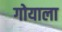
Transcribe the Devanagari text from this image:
गोयाला